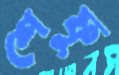
শেফু